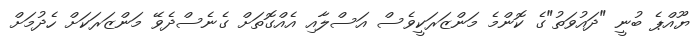
ޔޫއްޕެ ބުނީ "ދައުވަތު"ގެ ކޮންމެ މަންޒަރަކީވެސް އަސްލާއި އެއްގޮތަށް ގެނެސްދެވޭ މަންޒަރަކަށް ހެދުމަށް